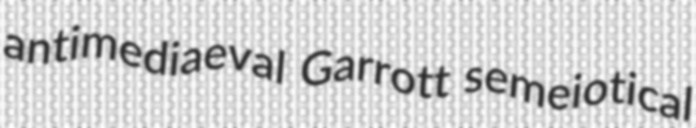
antimediaeval Garrott semeiotical